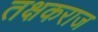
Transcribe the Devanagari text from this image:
तक्षकराज